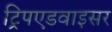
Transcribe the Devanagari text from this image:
ट्रिपएडवाइसर